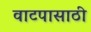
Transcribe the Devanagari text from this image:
वाटपासाठी